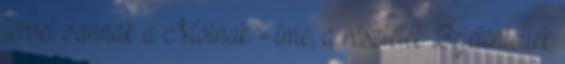
tervei vannak a Molnak - íme, a részletek Bejelentették